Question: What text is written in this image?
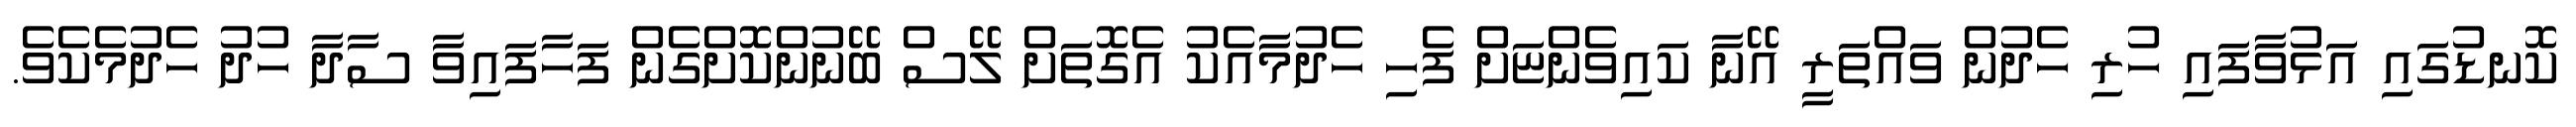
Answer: ކޮނޑުގައި އަޅުވާފައި ހުރި ހެދުން ވައްތަރީ އޭނާ ކައިވެންޏަށް ފެހި ހެދުމާއެކު އެގޮތަށް ލޭސް ބޭނުންކޮށްގެން ފަހާފައިވާ ސާދާ ހުދު ހެދުމެކެވެ.